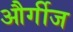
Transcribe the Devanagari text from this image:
और्गीज